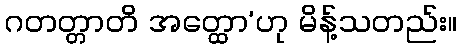
ဂတတ္တာတိ အတ္ထော’ဟု မိန့်သတည်း။